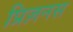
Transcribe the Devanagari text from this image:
प्रिज़नस